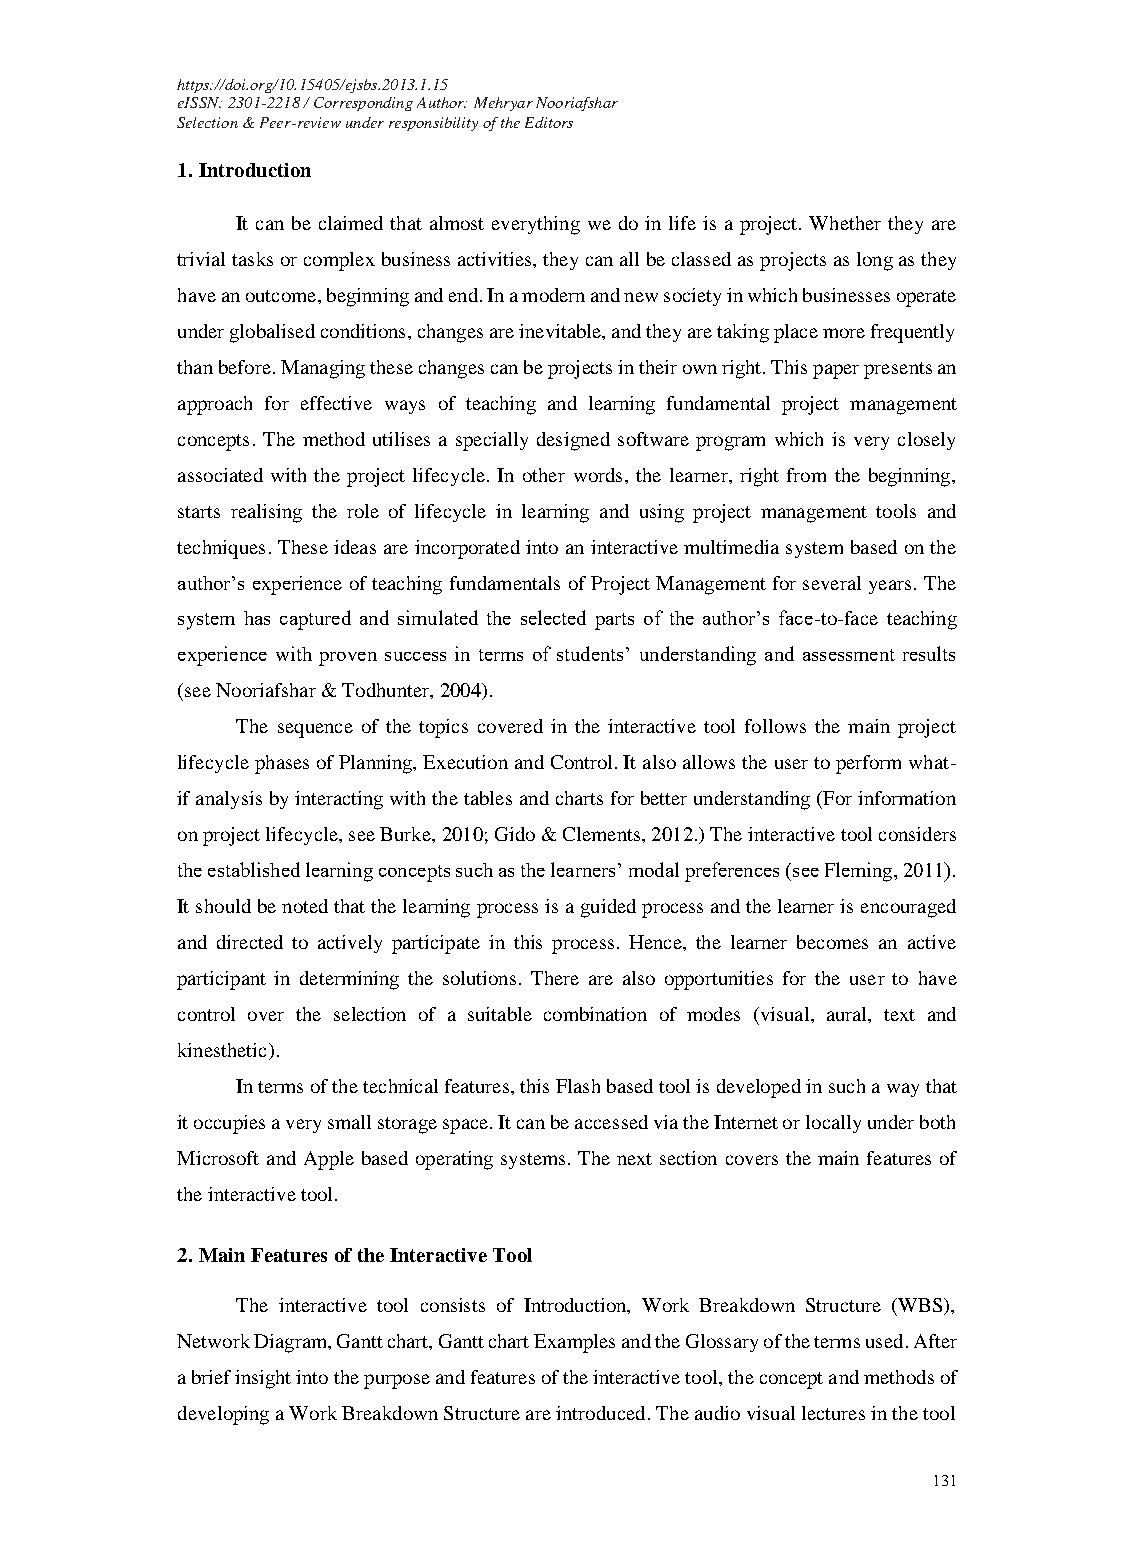
https://doi.org/10.15405/ejsbs.2013.1.15
 eISSN: 2301-2218 / Corresponding Author: Mehryar Nooriafshar
 Selection & Peer-review under responsibility of the Editors
 1. Introduction
 It can be claimed that almost everything we do in life is a project. Whether they are
 trivial tasks or complex business activities, they can all be classed as projects as long as they
 have an outcome, beginning and end. In a modern and new society in which businesses operate
 under globalised conditions, changes are inevitable, and they are taking place more frequently
 than before. Managing these changes can be projects in their own right. This paper presents an
 approach for effective ways of teaching and learning fundamental project management
 concepts. The method utilises a specially designed software program which is very closely
 associated with the project lifecycle. In other words, the learner, right from the beginning,
 starts realising the role of lifecycle in learning and using project management tools and
 techniques. These ideas are incorporated into an interactive multimedia system based on the
 author’s experience of teaching fundamentals of Project Management for several years. The
 system has captured and simulated the selected parts of the author’s face-to-face teaching
 experience with proven success in terms of students’ understanding and assessment results
 (see Nooriafshar & Todhunter, 2004).
 The sequence of the topics covered in the interactive tool follows the main project
 lifecycle phases of Planning, Execution and Control. It also allows the user to perform what-
 if analysis by interacting with the tables and charts for better understanding (For information
 on project lifecycle, see Burke, 2010; Gido & Clements, 2012.) The interactive tool considers
 the established learning concepts such as the learners’ modal preferences (see Fleming, 2011).
 It should be noted that the learning process is a guided process and the learner is encouraged
 and directed to actively participate in this process. Hence, the learner becomes an active
 participant in determining the solutions. There are also opportunities for the user to have
 control over the selection of a suitable combination of modes (visual, aural, text and
 kinesthetic).
 In terms of the technical features, this Flash based tool is developed in such a way that
 it occupies a very small storage space. It can be accessed via the Internet or locally under both
 Microsoft and Apple based operating systems. The next section covers the main features of
 the interactive tool.
 2. Main Features of the Interactive Tool
 The interactive tool consists of Introduction, Work Breakdown Structure (WBS),
 Network Diagram, Gantt chart, Gantt chart Examples and the Glossary of the terms used. After
 a brief insight into the purpose and features of the interactive tool, the concept and methods of
 developing a Work Breakdown Structure are introduced. The audio visual lectures in the tool
 131